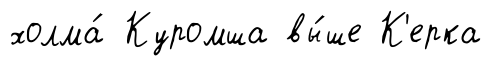
холма́ Куромша вы́ше К'ерка